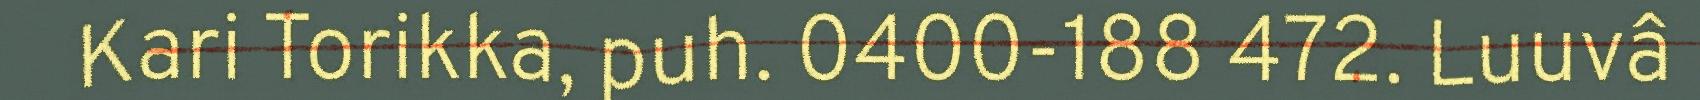
Kari Torikka, puh. 0400-188 472. Luuvâ